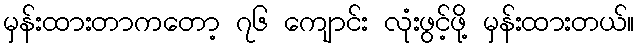
မှန်းထားတာကတော့ ၇၆ ကျောင်း လုံးဖွင့်ဖို့ မှန်းထားတယ်။